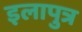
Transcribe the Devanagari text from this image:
इलापुत्र